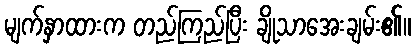
မျက်နှာထားက တည်ကြည်ပြီး ချိုသာအေးချမ်း၏။